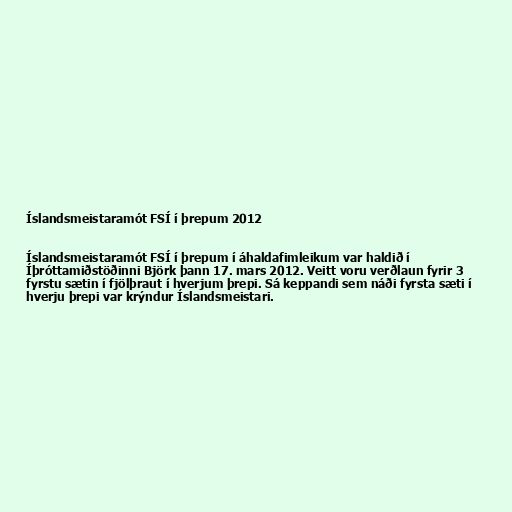
Íslandsmeistaramót FSÍ í þrepum 2012

Íslandsmeistaramót FSÍ í þrepum í áhaldafimleikum var haldið í
Íþróttamiðstöðinni Björk þann 17. mars 2012. Veitt voru verðlaun fyrir 3
fyrstu sætin í fjölþraut í hverjum þrepi. Sá keppandi sem náði fyrsta sæti í
hverju þrepi var krýndur Íslandsmeistari.